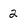
Character: 2